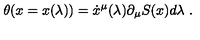
\theta ( x = x ( \lambda ) ) = \dot { x } ^ { \mu } ( \lambda ) \partial _ { \mu } S ( x ) d \lambda \ .